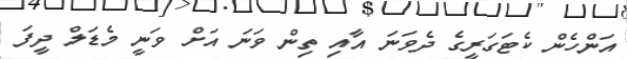
އަންހެން ކެޓަގަރީގެ ދެވަނަ އާއި ތިން ވަނަ އަށް ވަނީ މެޑަލް ދީފަ